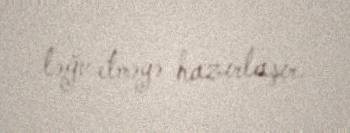
ləğv etməyə hazırlaşır.